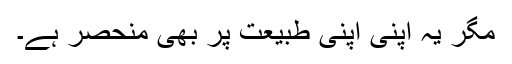
مگر یہ اپنی اپنی طبیعت پر بھی منحصر ہے۔